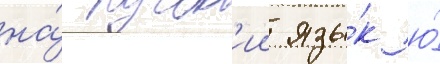
на́ русск'ии язы́к ю́